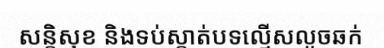
សន្តិសុខ និងទប់ស្កាត់បទល្មើសលួចឆក់